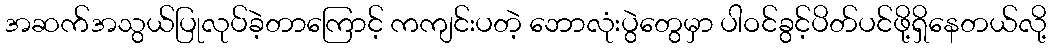
အဆက်အသွယ်ပြုလုပ်ခဲ့တာကြောင့် ကကျင်းပတဲ့ ဘောလုံးပွဲတွေမှာ ပါဝင်ခွင့်ပိတ်ပင်ဖို့ရှိနေတယ်လို့